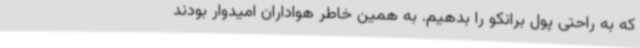
که به راحتی پول برانکو را بدهیم. به همین خاطر هواداران امیدوار بودند